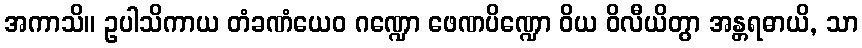
အကာသိ။ ဥပါသိကာယ တံခဏံယေဝ ဂဏ္ဍော ဖေဏပိဏ္ဍော ဝိယ ဝိလီယိတွာ အန္တရဓာယိ, သာ